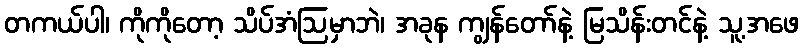
တကယ်ပါ၊ ကိုကိုတော့ သိပ်အံဩမှာဘဲ၊ အခုန ကျွန်တော်နဲ့ မြသိန်းတင်နဲ့ သူ့အဖေ